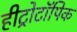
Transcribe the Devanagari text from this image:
हीट्रोटॉपिक